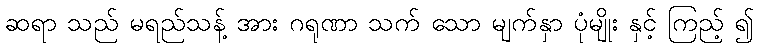
ဆရာ သည် မရည်သန့် အား ဂရုဏာ သက် သော မျက်နှာ ပုံမျိုး နှင့် ကြည့် ၍